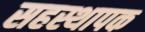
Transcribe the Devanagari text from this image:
सहस्थापक